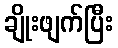
ချိုးဖျက်ပြီး